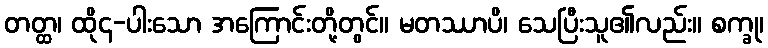
တတ္ထ၊ ထို၄-ပါးသော အကြောင်းတို့တွင်။ မတဿာပိ၊ သေပြီးသူ၏လည်း။ စက္ခု၊